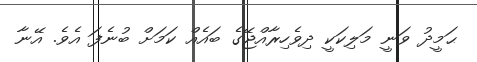
ޙަމީދު ވަނީ މަލިކަކީ ދިވެހިރާއްޖޭގެ ބައެއް ކަމަށް ބުނެފަ އެވެ. އޭނާ